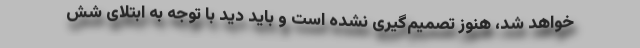
خواهد شد، هنوز تصمیم‌گیری نشده است و باید دید با توجه به ابتلای شش